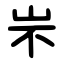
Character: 㞸